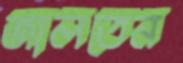
জালতেন